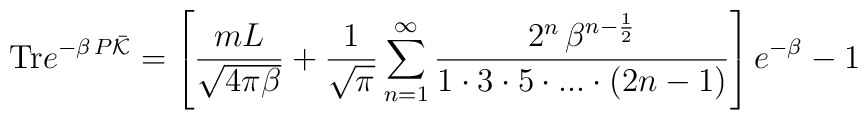
{\rm Tr} e^{-\beta \, P  \bar{\cal K}}= \left[ \frac{mL}{\sqrt{4\pi \beta}}+\frac{1}{\sqrt{\pi}} \sum_{n=1}^\infty \frac{2^n\,\beta^{n-\frac{1}{2}}}{1\cdot 3\cdot 5 \cdot ... \cdot (2n-1)}\right] e^{-\beta}-1